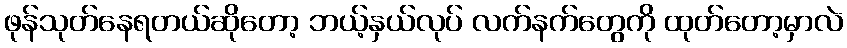
ဖုန်သုတ်နေရတယ်ဆိုတော့ ဘယ့်နှယ်လုပ် လက်နက်တွေကို ထုတ်တော့မှာလဲ